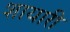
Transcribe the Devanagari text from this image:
शायारी